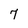
Character: 7